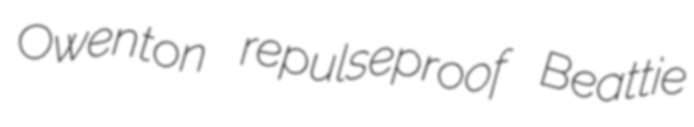
Owenton repulseproof Beattie